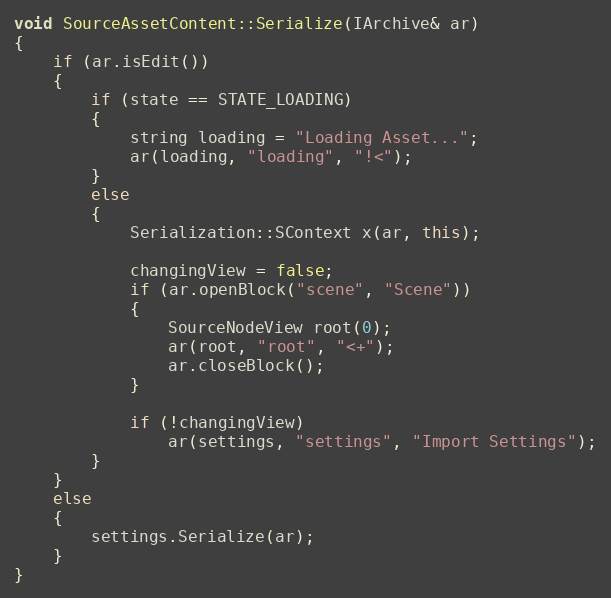
Language: C++
void SourceAssetContent::Serialize(IArchive& ar)
{
	if (ar.isEdit())
	{
		if (state == STATE_LOADING)
		{
			string loading = "Loading Asset...";
			ar(loading, "loading", "!<");
		}
		else
		{
			Serialization::SContext x(ar, this);

			changingView = false;
			if (ar.openBlock("scene", "Scene"))
			{
				SourceNodeView root(0);
				ar(root, "root", "<+");
				ar.closeBlock();
			}

			if (!changingView)
				ar(settings, "settings", "Import Settings");
		}
	}
	else
	{
		settings.Serialize(ar);
	}
}